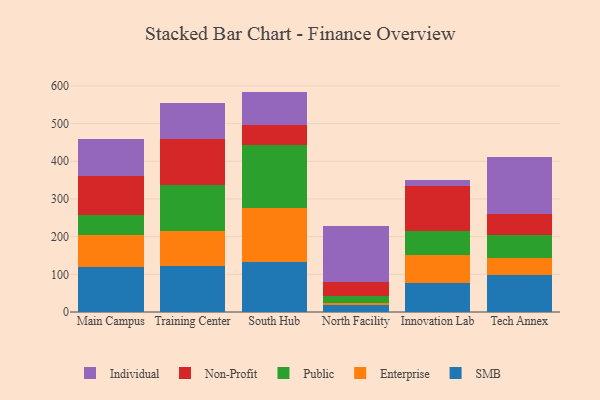
{"axis": {"x": "Campus", "y": "Inventory Turnover"}, "legend": ["Enterprise", "Individual", "Non-Profit", "Public", "SMB"], "data": [{"x": "Main Campus", "y": 119.5, "type": "SMB"}, {"x": "Main Campus", "y": 84.6, "type": "Enterprise"}, {"x": "Main Campus", "y": 52.6, "type": "Public"}, {"x": "Main Campus", "y": 105.0, "type": "Non-Profit"}, {"x": "Main Campus", "y": 97.8, "type": "Individual"}, {"x": "Training Center", "y": 122.4, "type": "SMB"}, {"x": "Training Center", "y": 91.9, "type": "Enterprise"}, {"x": "Training Center", "y": 121.7, "type": "Public"}, {"x": "Training Center", "y": 123.2, "type": "Non-Profit"}, {"x": "Training Center", "y": 94.7, "type": "Individual"}, {"x": "South Hub", "y": 132.1, "type": "SMB"}, {"x": "South Hub", "y": 143.4, "type": "Enterprise"}, {"x": "South Hub", "y": 167.9, "type": "Public"}, {"x": "South Hub", "y": 51.6, "type": "Non-Profit"}, {"x": "South Hub", "y": 89.8, "type": "Individual"}, {"x": "North Facility", "y": 18.3, "type": "SMB"}, {"x": "North Facility", "y": 6.8, "type": "Enterprise"}, {"x": "North Facility", "y": 17.2, "type": "Public"}, {"x": "North Facility", "y": 37.6, "type": "Non-Profit"}, {"x": "North Facility", "y": 147.5, "type": "Individual"}, {"x": "Innovation Lab", "y": 78.1, "type": "SMB"}, {"x": "Innovation Lab", "y": 71.9, "type": "Enterprise"}, {"x": "Innovation Lab", "y": 65.5, "type": "Public"}, {"x": "Innovation Lab", "y": 119.4, "type": "Non-Profit"}, {"x": "Innovation Lab", "y": 15.2, "type": "Individual"}, {"x": "Tech Annex", "y": 97.1, "type": "SMB"}, {"x": "Tech Annex", "y": 44.9, "type": "Enterprise"}, {"x": "Tech Annex", "y": 62.2, "type": "Public"}, {"x": "Tech Annex", "y": 56.3, "type": "Non-Profit"}, {"x": "Tech Annex", "y": 151.2, "type": "Individual"}]}